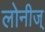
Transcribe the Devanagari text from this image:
लोनीज्